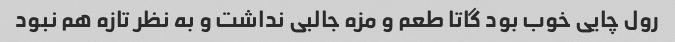
رول چایی خوب بود گاتا طعم و مزه جالبی نداشت و به نظر تازه هم نبود